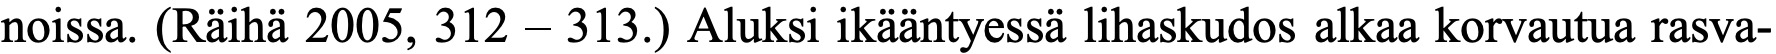
noissa. (Räihä 2005, 312 – 313.) Aluksi ikääntyessä lihaskudos alkaa korvautua rasva-